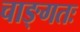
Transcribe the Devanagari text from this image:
चाङ्गतः